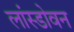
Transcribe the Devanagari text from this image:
लांस्डोवन